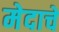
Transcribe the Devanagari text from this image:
मेदाचे